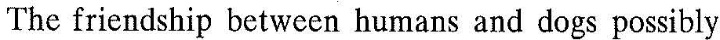
The iricndship hetweenaumans and dogs possibly